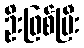
ဦးဖြစ်ပြီး